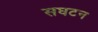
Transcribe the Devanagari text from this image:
सघटन